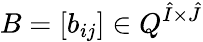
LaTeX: B=[b_{ij}]\in Q^{\hat{I}\times\hat{J}}